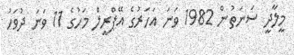
މީލާދީ ސަނަތުން 1982 ވަނަ އަހަރުގެ އޭޕްރީލް މަހުގެ 11 ވަނަ ދުވަހު